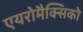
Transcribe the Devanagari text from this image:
एयरोमैक्सिको